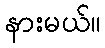
နားမယ်။